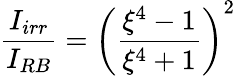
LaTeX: \frac{I_{irr}}{I_{RB}}=\left(\frac{\xi^{4}-1}{\xi^{4}+1}\right)^{2}